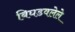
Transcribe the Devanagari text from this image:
बिघडवलेले